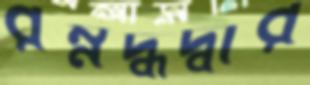
রম্নদ্ধদ্বার